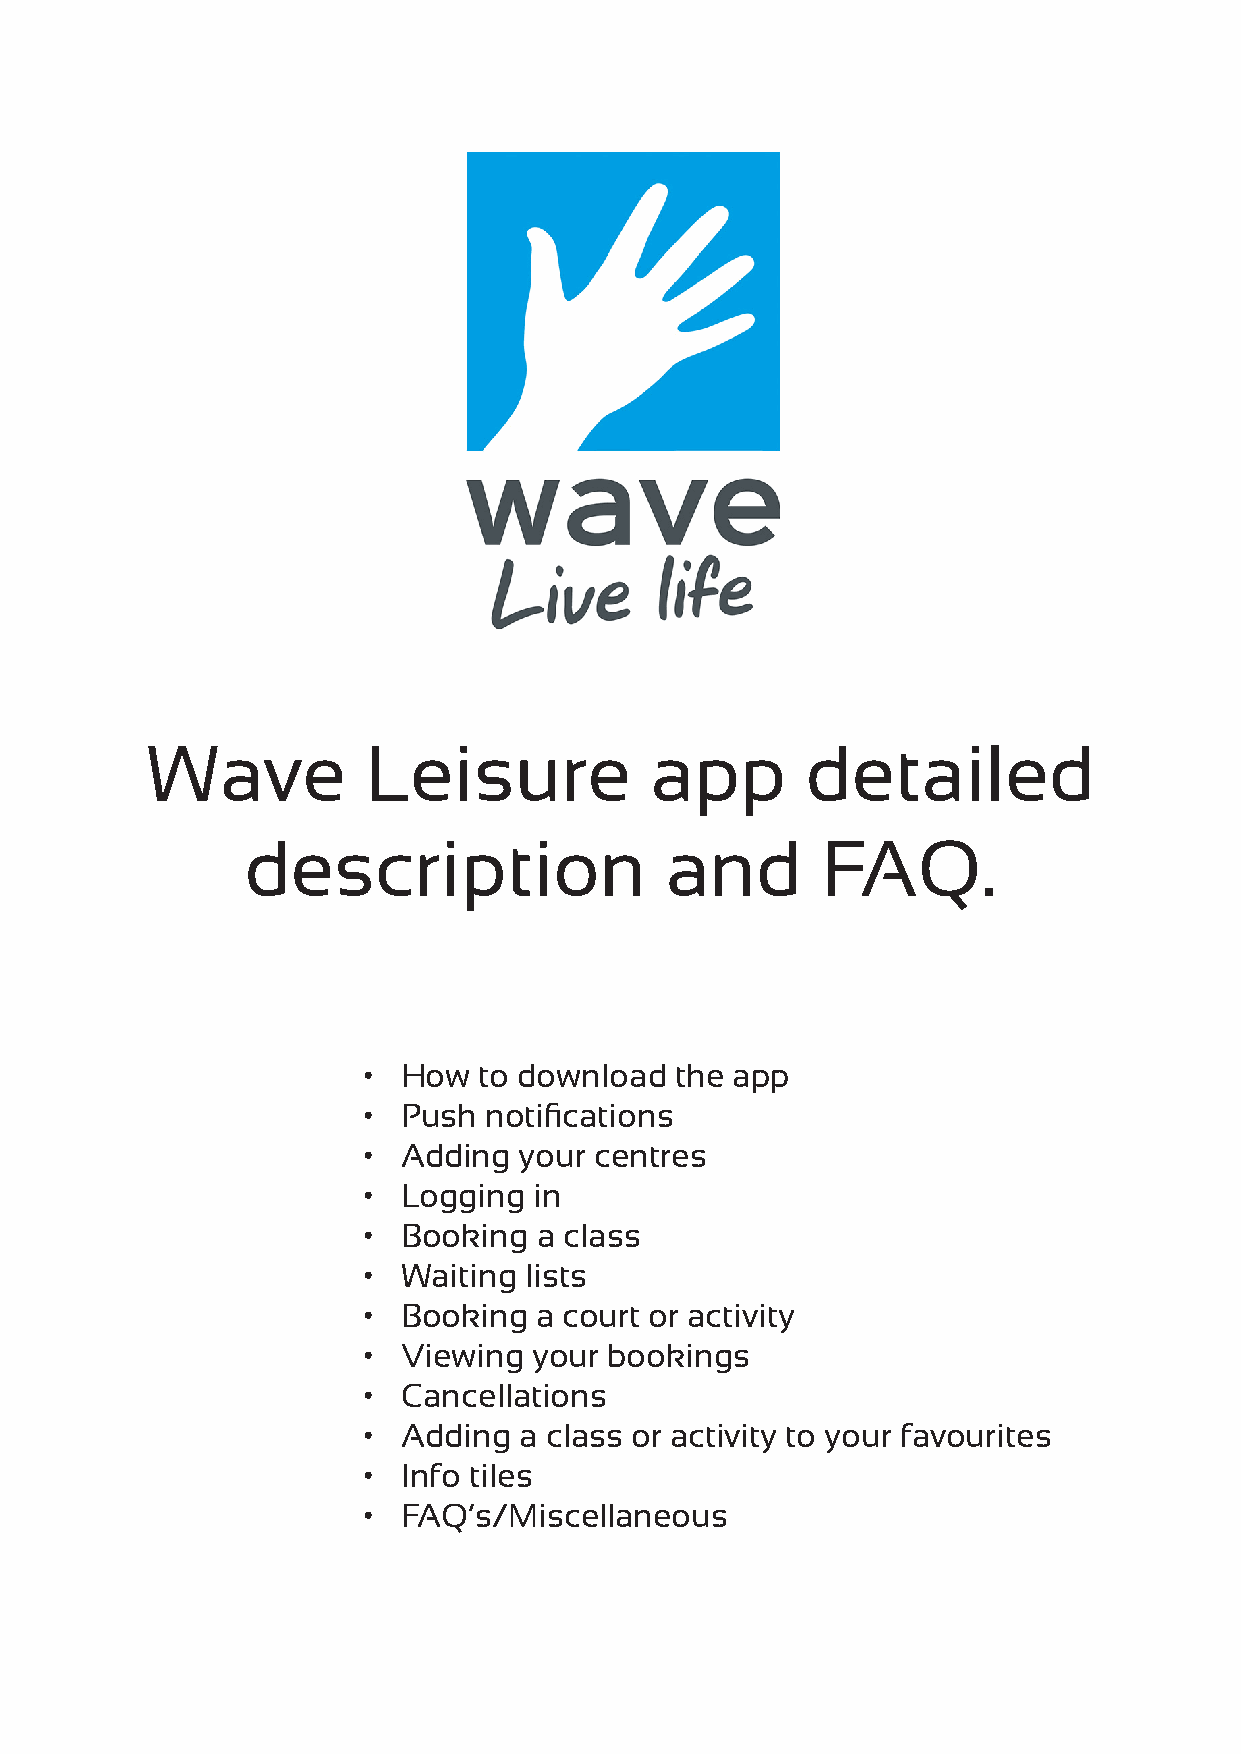
Wave          Leisure            app       detailed
 description                 and       FAQ.
 •  How  to download  the app
 •  Push notifications
 •  Adding your centres
 •  Logging in
 •  Booking  a class
 •  Waiting lists
 •  Booking  a court or activity
 •  Viewing your bookings
 •  Cancellations
 •  Adding a class or activity to your favourites
 •  Info tiles
 •  FAQ’s/Miscellaneous